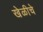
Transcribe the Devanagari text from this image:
खेळीचे